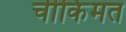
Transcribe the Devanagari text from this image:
चीकिंमत